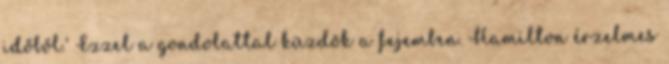
időből.' Ezzel a gondolattal küzdök a fejemben. Hamilton érzelmes